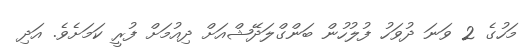
މަހުގެ 2 ވަނަ ދުވަހު ފުލުހުން ބަންގްލަދޭޝްއަށް ދިއުމަށް ފުރީ ކަމަށެވެ. އަދި